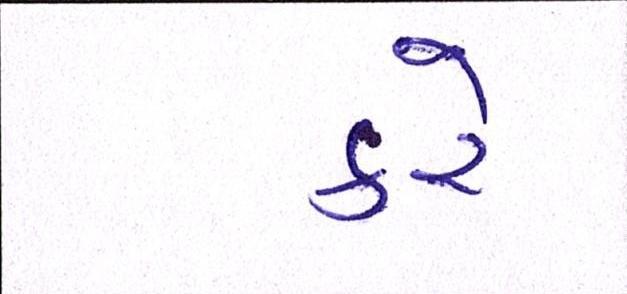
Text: કરેઃ